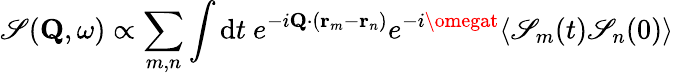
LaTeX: \mathscr{S}(\mathbf{{Q}},\omega)\propto\sum_{m,n}\int\mathrm{{d}}t\ e^{-i\mathbf{{Q}}\cdot(\mathbf{{r}}_{m}-\mathbf{{r}}_{n})}e^{-i\omegat}\langle\mathscr{S}_{m}(t)\mathscr{S}_{n}(0)\rangle